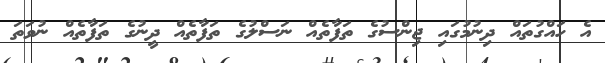
އެ ހައްގުތައް ދިނުމުގައި ޖިންސުގެ ތަފާތެއް ނަސްލުގެ ތަފާތެއް ދީނުގެ ތަފާތެއް ނުވަތަ